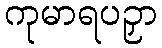
ကုမာရပဉှာ